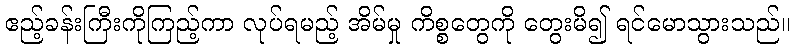
ဧည့်ခန်းကြီးကိုကြည့်ကာ လုပ်ရမည့် အိမ်မှု ကိစ္စတွေကို တွေးမိ၍ ရင်မောသွားသည်။